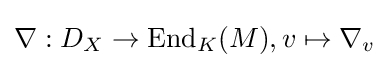
\nabla :D_{X}\rightarrow \operatorname {End} _{K}(M),v\mapsto \nabla _{v}